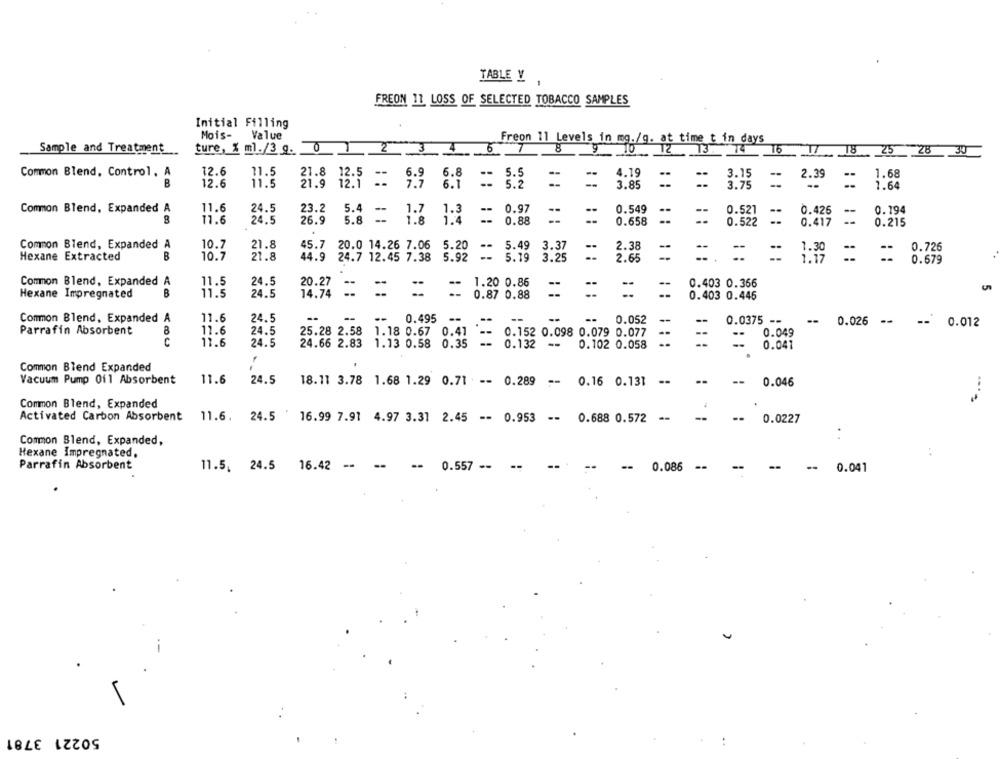
TABLE Y
FREON 11 LOSS OF SELECTED TOBACCO SAMPLES
Initial Filling
Mois-
Value
Freon 11 Levels in mg./g. at time t in days
Sample and Treatment
ture, % ml./3 g.
0
2
6
"T
10
TZ
13
16
18
25
28
34
Common Blend, Control, A
12.6
11.5
21.8
21.8 12.5
6.9
6.8
--
5.5
--
4.19
3.15
2.39
1.68
B
12.1 __
12.6
11.5
21.9
7.7
6.1
5.2
3.85
3.75
--
1.64
Common Blend, Expanded A
11.6
24.5
23.2
5.4
-
1.7
1.3
--
0.97
0.549
0.521
0.426
--
0.194
8
11.6
24.5
26.9
5.8
1.8
1.4
--
0.88
--
0.658
0.522
0.417
0.215
Common Blend, Expanded A
21.8
10.7
45.7
20.0 14.26 7.06
5.20
5.49
3.37
2.38
-
0.726
Hexane Extracted
B
10.7
21.8
44.9 24.7 12.45 7.38
5.92
--
5.19
3.25
2.65
1.30
0.679
Common Blend, Expanded A
24.5
1.20 0.86
11.5
20.27
-
0.403 0.366
Hexane Impregnated
B
11.5
24.5
14.74
0.87 0.88
0.403 0.446
Common Blend, Expanded A
11.6
24.5
--
--
0.495
--
--
--
--
0.052
0.0375 --
--
0.026
-- 0.012
Parrafin Absorbent
11.6
24.5
25.28 2.58
1.18 0.67 0.41
0.152 0.098 0.079 0.077
--
0.049
11.6
--
24.5
24.66 2.83
1.13 0.58 0.35
0.132
-
0.102 0.058
0.041
Common Blend Expanded
Vacuum Pump Oil Absorbent
11.6
24.5
--
18.11 3.78 1.68 1.29 0.71 -- 0.289 -- 0.16 0.131
0.046
Common Blend, Expanded
Activated Carbon Absorbent
11.6.
24.5
16.99 7.91 4.97 3.31 2.45 -- 0.953 --
0.688 0.572
0.0227
:
Common Blend, Expanded,
Hexane Impregnated.
:
Parrafin Absorbent
11.5. 24.5
16.42 -
0.557 --
0.086
- 0.041
50221 3781